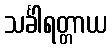
သင်္ခါရတ္တာယ